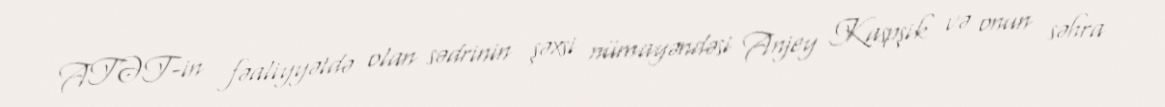
ATƏT-in fəaliyyətdə olan sədrinin şəxsi nümayəndəsi Anjey Kaspşik və onun səhra